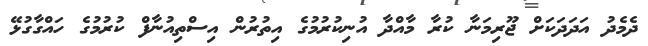
ދެމެދު އަދަދަކަށް ޖޫރިމަނާ ކުރާ މާއްދާ އުނިކުރުމުގެ އިތުރުން އިސްތިއުނާފް ކުރުމުގެ ހައްގާގުޅޭ